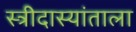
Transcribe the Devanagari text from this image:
स्त्रीदास्यांताला